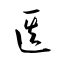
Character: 医